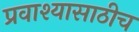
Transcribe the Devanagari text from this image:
प्रवाश्यासाठीच